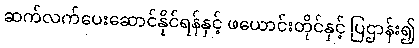
ဆက်လက်ပေးဆောင်နိုင်ရန်နှင့် ဖယောင်းတိုင်နှင့် ပြဌာန်း၍